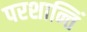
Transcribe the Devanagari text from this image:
परशान्तिं